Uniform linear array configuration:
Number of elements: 48
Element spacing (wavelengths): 0.5
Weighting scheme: binomial
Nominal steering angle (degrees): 15
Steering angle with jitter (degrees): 16.56
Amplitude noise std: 0.05
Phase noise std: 0.05

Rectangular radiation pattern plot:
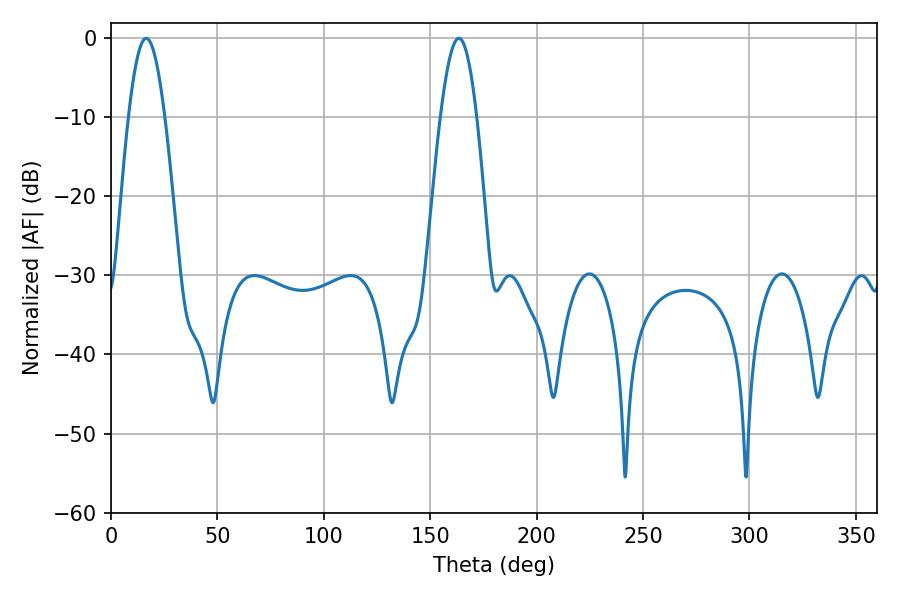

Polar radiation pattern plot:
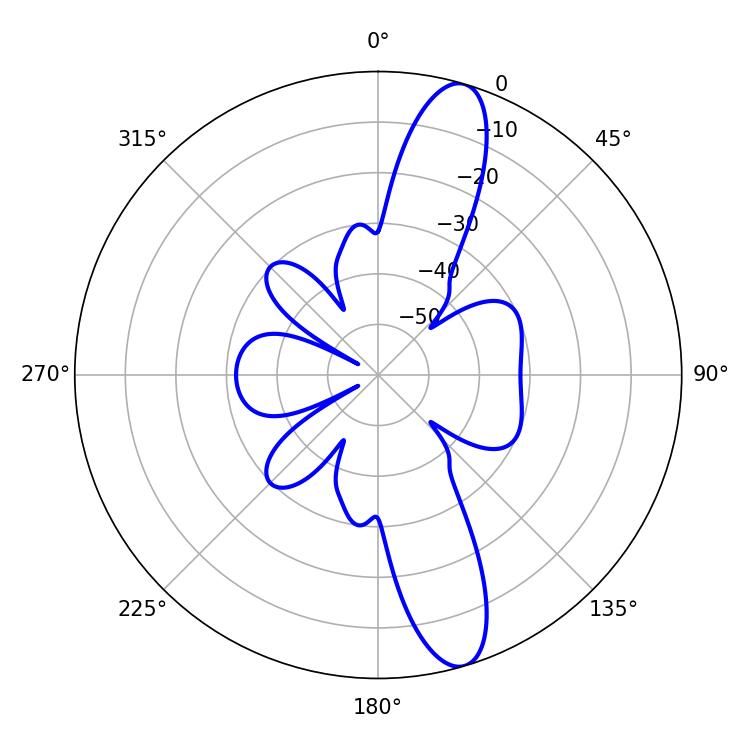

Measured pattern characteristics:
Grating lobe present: FALSE
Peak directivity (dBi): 13.013
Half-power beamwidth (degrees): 9.18
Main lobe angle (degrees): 16.56